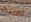
الابله